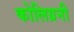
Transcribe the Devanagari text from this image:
कोलिग्रनी